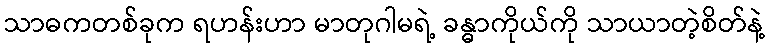
သာဓကတစ်ခုက ရဟန်းဟာ မာတုဂါမရဲ့ ခန္ဓာကိုယ်ကို သာယာတဲ့စိတ်နဲ့